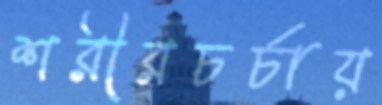
শরীরচর্চায়